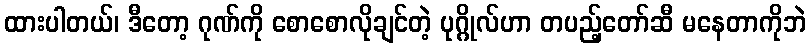
ထားပါတယ်၊ ဒီတော့ ဂုဏ်ကို စောစောလိုချင်တဲ့ ပုဂ္ဂိုလ်ဟာ တပည့်တော်ဆီ မနေတာကိုဘဲ